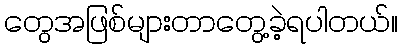
တွေအဖြစ်များတာတွေ့ခဲ့ရပါတယ်။